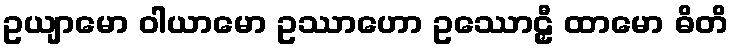
ဥယျာမော ဝါယာမော ဥဿာဟော ဥဿောဠှီ ထာမော ဓိတိ